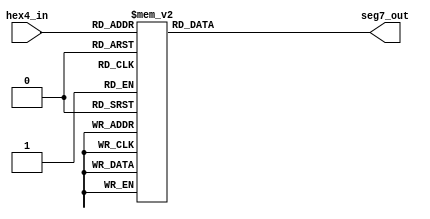
`timescale 1ns / 1ps
//////////////////////////////////////////////////////////////////////////////////
// Company: 
// Engineer: 
// 
// Design Name: 
// Module Name:    seg7enc 
// Project Name: 
// Target Devices: 
// Tool versions: 
// Description: 
//
// Dependencies: 
//
// Revision: 
// Revision 0.01 - File Created
// Additional Comments: 
//
//////////////////////////////////////////////////////////////////////////////////
module seg7enc(
   hex4_in,
	seg7_out );

	 input	[3:0]   hex4_in;

    output reg      [7:0]   seg7_out;

	always @*
	begin
		case (hex4_in)
			4'b0000 : seg7_out <= 8'b00111111;
			4'b0001 : seg7_out <= 8'b00000110;
			4'b0010 : seg7_out <= 8'b01011011;
			4'b0011 : seg7_out <= 8'b01001111;
			4'b0100 : seg7_out <= 8'b01100110;
			4'b0101 : seg7_out <= 8'b01101101;
			4'b0110 : seg7_out <= 8'b01111101;
			4'b0111 : seg7_out <= 8'b00100111;
			4'b1000 : seg7_out <= 8'b01111111;
			4'b1001 : seg7_out <= 8'b01101111;
			default : seg7_out <= 8'b00000000;

       endcase
	end
endmodule